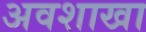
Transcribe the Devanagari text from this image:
अवशाखा